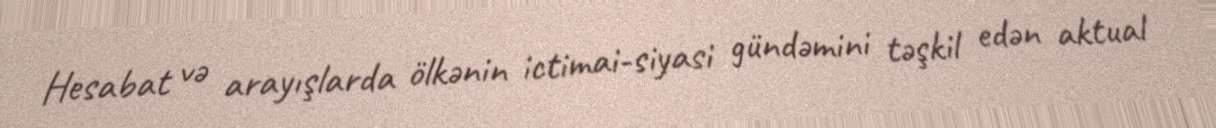
Hesabat və arayışlarda ölkənin ictimai-siyasi gündəmini təşkil edən aktual